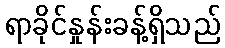
ရာခိုင်နှုန်းခန့်ရှိသည်